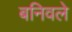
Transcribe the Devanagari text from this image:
बनिवले